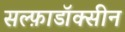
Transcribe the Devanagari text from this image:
सल्फ़ाडॉक्सीन